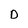
Character: D